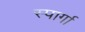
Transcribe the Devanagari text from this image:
स्पार्गा